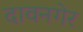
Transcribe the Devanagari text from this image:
दावनगेर